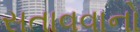
સતાવવાનો